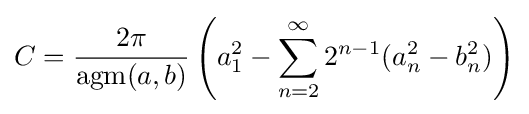
C={\frac {2\pi }{\operatorname {agm} (a,b)}}\left(a_{1}^{2}-\sum _{n=2}^{\infty }2^{n-1}(a_{n}^{2}-b_{n}^{2})\right)